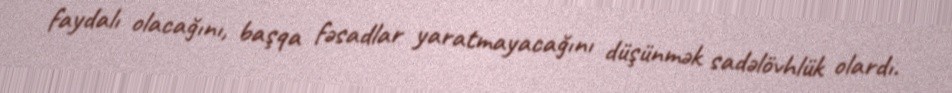
faydalı olacağını, başqa fəsadlar yaratmayacağını düşünmək sadəlövhlük olardı.